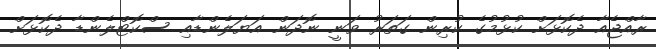
ރާއްޖެއާ ދެކޮޅަށް ކުޅުމުގެ ކުރިން ގަތަރު ވަނީ ނޮދަން އަޔަލެންޑާއި ސްކޮޓްލެންޑާ ދެކޮޅަށް